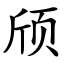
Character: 颀